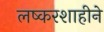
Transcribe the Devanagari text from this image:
लष्करशाहीने